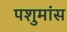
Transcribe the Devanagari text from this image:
पशुमांस